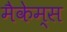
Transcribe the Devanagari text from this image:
मैकेम्स